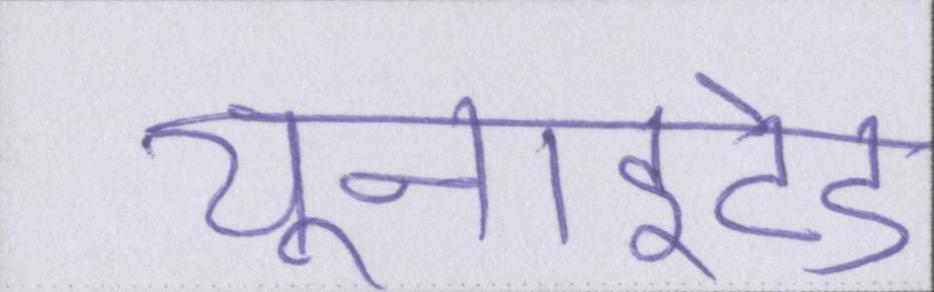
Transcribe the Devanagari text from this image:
यूनाइटेड